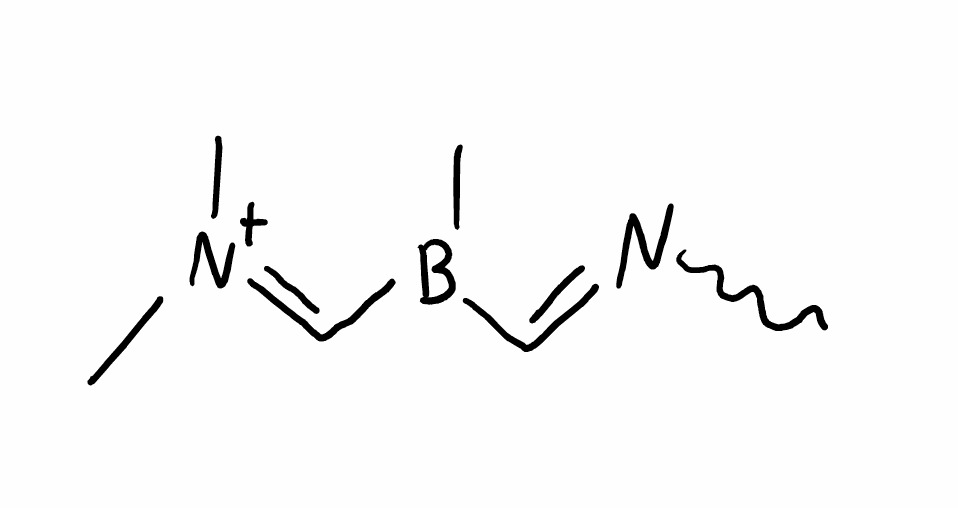
Simplified molecular-input line-entry system (SMILES) notation of the given molecule:
B(C)(C=NC)C=[N+](C)C